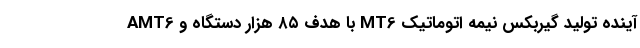
آینده تولید گیربکس نیمه اتوماتیک MT6 با هدف ۸۵ هزار دستگاه و AMT6